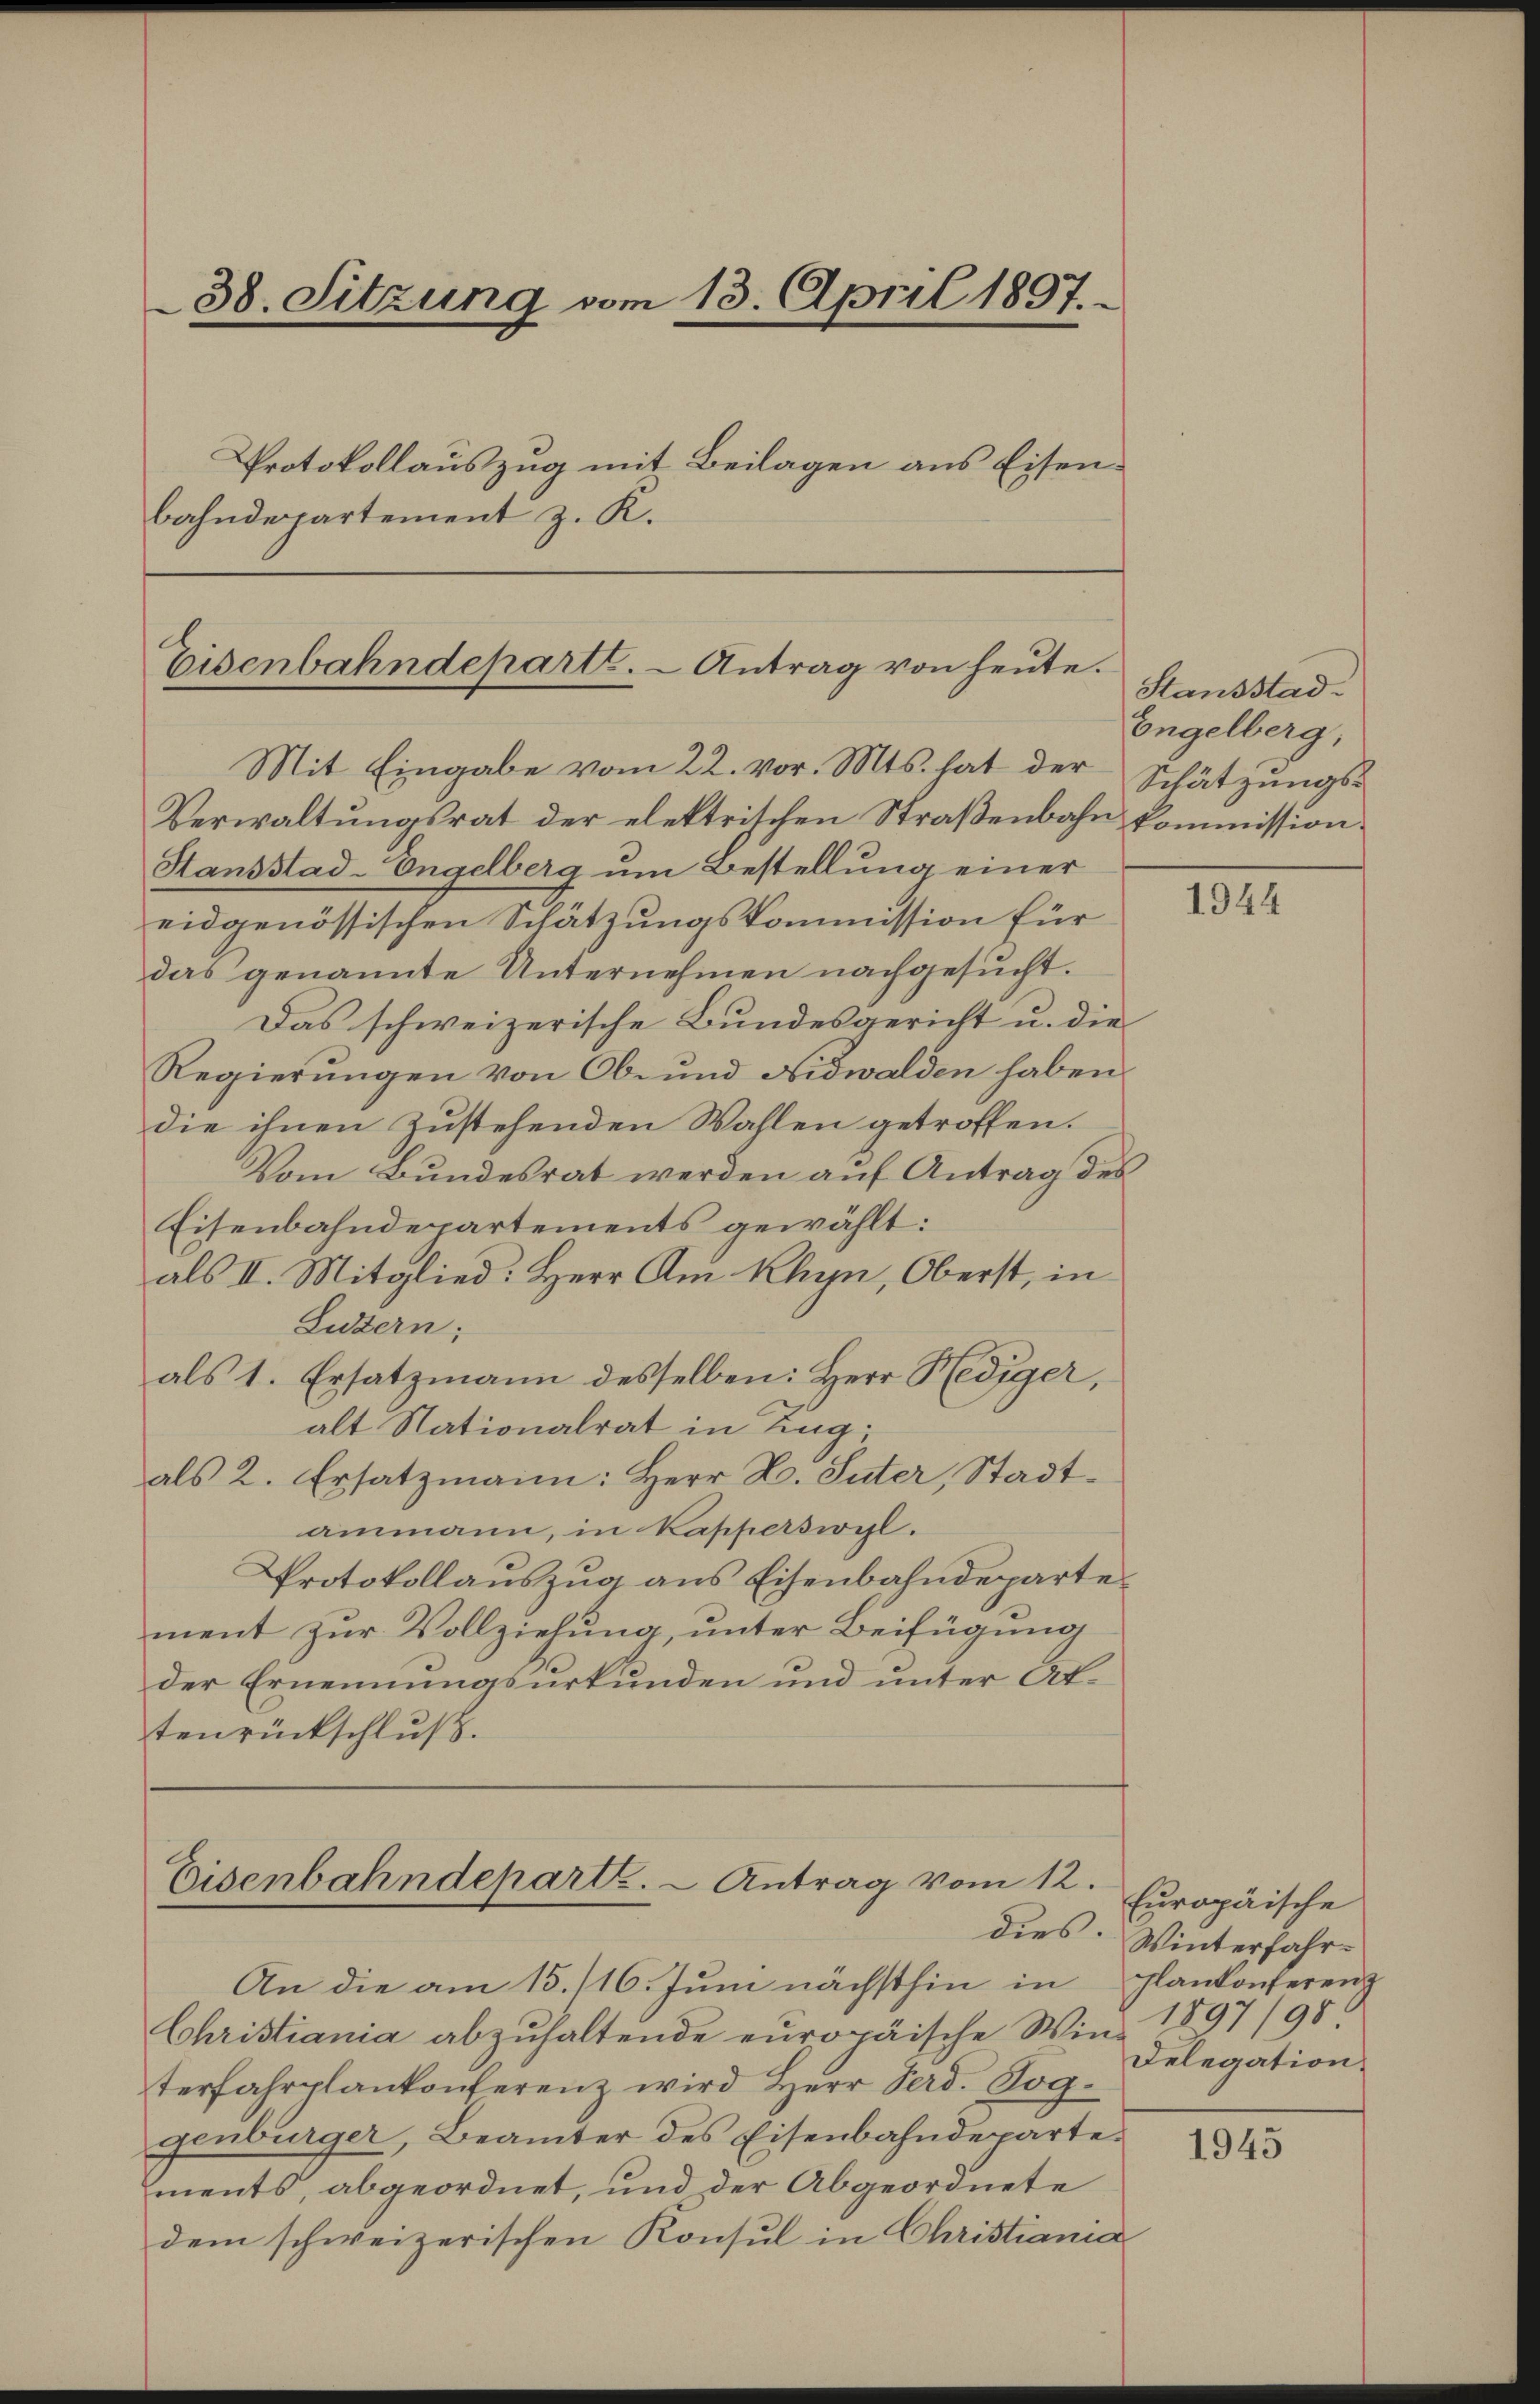
38. Sitzung vom 13. April 1897.
Protokollauszug mit Beilagen aus Eisenbahndepartement z. K.

Eisenbahndepart. - Antrag von heute.

Eisenbahndeparte. - Antrag vom 12.

Mit Eingabe vom 22. vor. Mts. hat der Schätzungs¬
Verwaltungsrat der elektrischen Straßenbahn kommission
Stansstad-Engelberg um Bestellung einer
eidgenössischen Schätzungskommission für
das genannte Unternehmen nachgesucht.
Das schweizerische Bundesgericht u. die
Regierungen von Ob- und Nidwalden haben
die ihnen zustehenden Wahlen getroffen.
Vom Bundesrat werden aŭf Antrag des
Eisenbahndepartements gewählt:
als II. Mitglied: Herr Am Khyn, Oberst, in
Luzern;
als 1. Ersatzmann desselben: Herr Hediger,
alt Nationalrat in Zing;
als 2. Ersatzmann: Herr L. Suter, Stadtammann, in Kapperswil.
Protokollaŭszŭg ans Eisenbahndeparte
ment zur Vollziehung, unter Beifügung
der Ernennungsurkunden und unter Attenrückschluß.

An die am 15./16. Juni nächsthin in Plankonferenz
Christiania abzŭhaltende europäische Win- 1897/98
terfahrplankonferenz wird Herr Perd. Soggenburger, Beamter des Eisenbahndepartements, abgeordnet, und der Abgeordnete
dem schweizerischen Konsul in Christiania

Stausstad
Engelberg,

1944

Europäische
dies. Winterfahr¬
Delegation.

1945